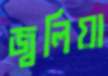
জ্বলিয়া